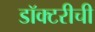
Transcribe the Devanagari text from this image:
डॉक्टरीची